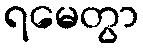
ရမေတွာ